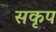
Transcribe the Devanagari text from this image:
सकृप